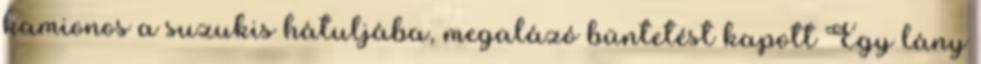
kamionos a suzukis hátuljába, megalázó büntetést kapott Egy lány